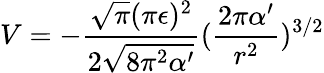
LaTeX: V=-\frac{\sqrt{\pi}(\pi\epsilon)^{2}}{2\sqrt{8\pi^{2}\alpha^{\prime}}}(\frac{2\pi\alpha^{\prime}}{r^{2}})^{3/2}